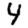
Digit: 4